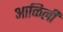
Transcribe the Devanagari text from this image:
आळिली